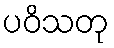
ပဝိသတု